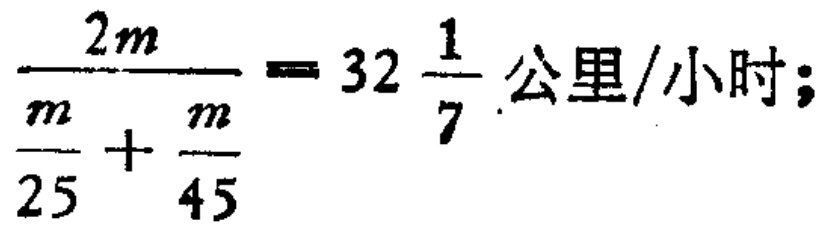
$\frac{2m}{\frac{m}{25}+\frac{m}{45}} = 32\frac{1}{7}\text{ 公里/小时;}$